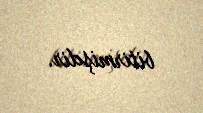
bitirmişdir.